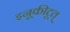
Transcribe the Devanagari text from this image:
इनूकीटूत्